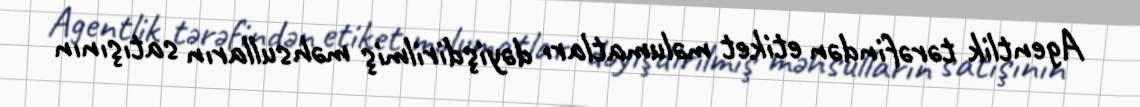
Agentlik tərəfindən etiket məlumatları dəyişdirilmiş məhsulların satışının